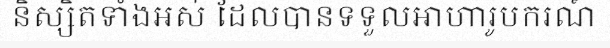
និស្សិតទាំងអស់ ដែលបានទទួលអាហារូបករណ៍